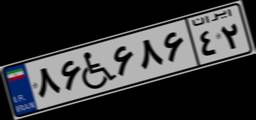
۸۶W۶۸۶۴۲